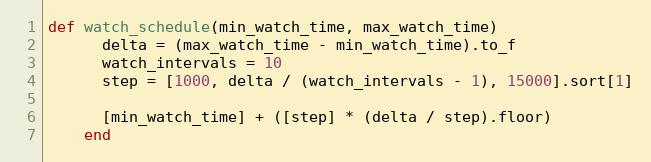
Language: Ruby
def watch_schedule(min_watch_time, max_watch_time)
      delta = (max_watch_time - min_watch_time).to_f
      watch_intervals = 10
      step = [1000, delta / (watch_intervals - 1), 15000].sort[1]

      [min_watch_time] + ([step] * (delta / step).floor)
    end